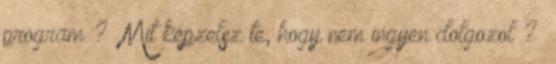
program ? “Mit képzelsz te, hogy nem ingyen dolgozol ?”